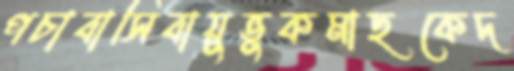
পচাবাসিবায়ুভুকমাছকেদ